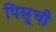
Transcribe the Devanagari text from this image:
पिसूची